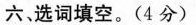
六、选词填空。（4分）